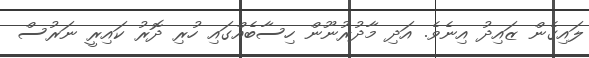
ލައިގެން ޒައިދު އިނެވެ. އަދި މާދުރުނޫން ހިސާބެއްގައި ހުރި ދޮރު ކައިރީ ނަރުސް